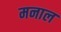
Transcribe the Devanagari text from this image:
मनाल